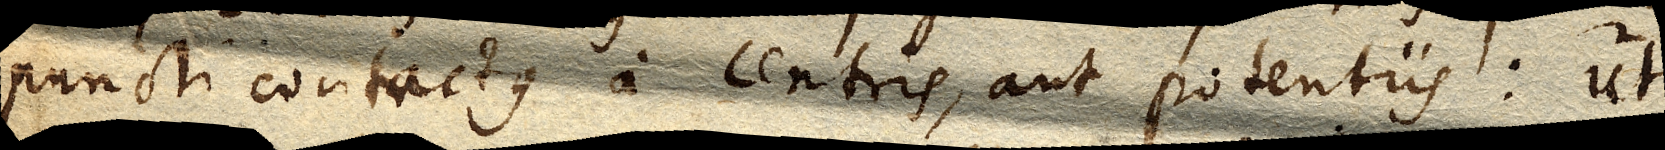
puncti contactus a centris, aut potentiis: ut